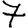
Digit: 7